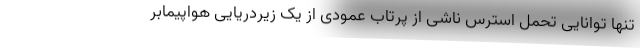
تنها توانایی تحمل استرس ناشی از پرتاب عمودی از یک زیردریایی هواپیمابر